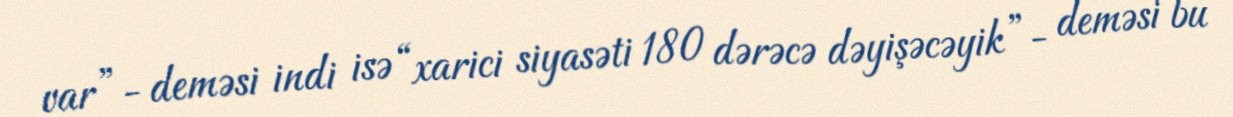
var”- deməsi indi isə “xarici siyasəti 180 dərəcə dəyişəcəyik”- deməsi bu